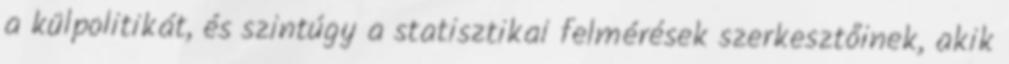
a külpolitikát, és szintúgy a statisztikai felmérések szerkesztőinek, akik